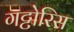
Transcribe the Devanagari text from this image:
गट्टोरिस